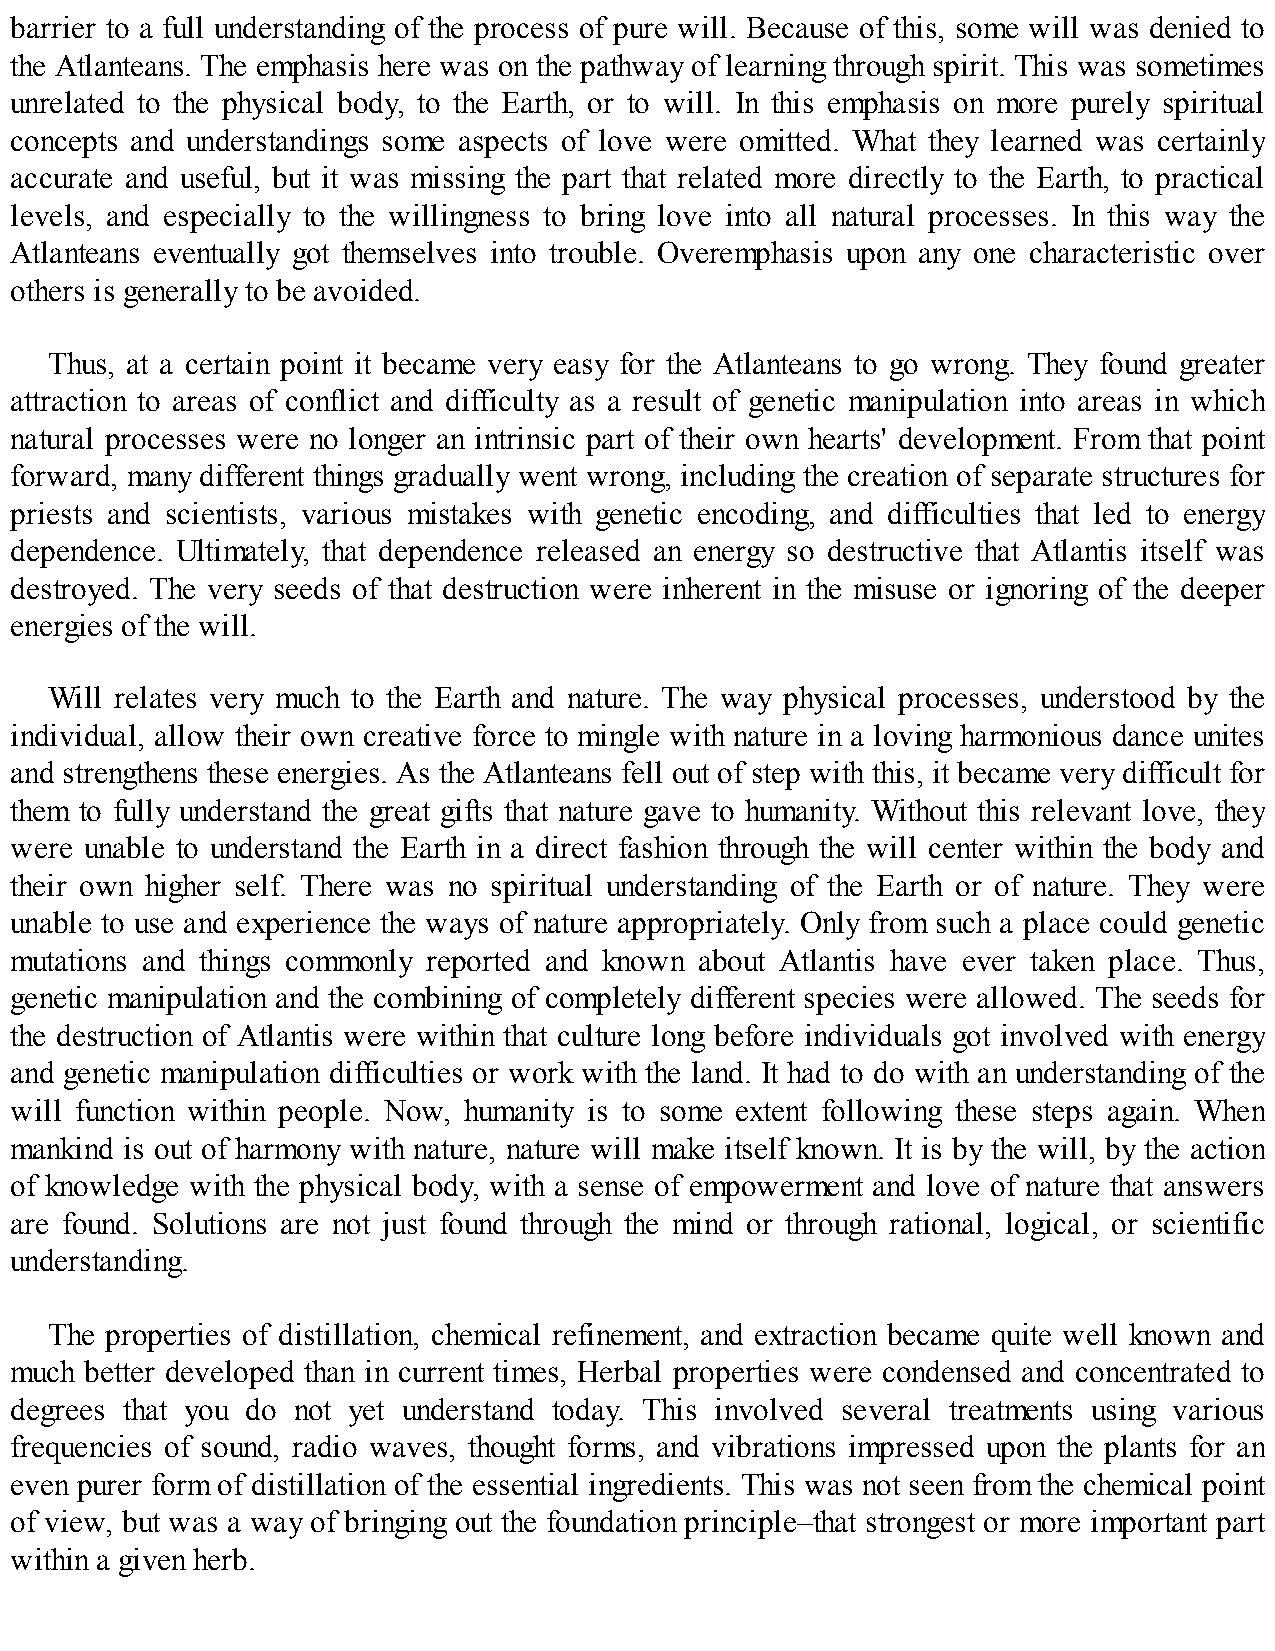
barrier to a full understanding of the process of pure will. Because of this, some will was denied to
 the Atlanteans. The emphasis here was on the pathway of learning through spirit. This was sometimes
 unrelated to the physical body, to the Earth, or to will. In this emphasis on more purely spiritual
 concepts and understandings some aspects of love were omitted. What they learned was certainly
 accurate and useful, but it was missing the part that related more directly to the Earth, to practical
 levels, and especially to the willingness to bring love into all natural processes. In this way the
 Atlanteans eventually got themselves into trouble. Overemphasis upon any one characteristic over
 others is generally to be avoided.
 Thus, at a certain point it became very easy for the Atlanteans to go wrong. They found greater
 attraction to areas of conflict and difficulty as a result of genetic manipulation into areas in which
 natural processes were no longer an intrinsic part of their own hearts' development. From that point
 forward, many different things gradually went wrong, including the creation of separate structures for
 priests and scientists, various mistakes with genetic encoding, and difficulties that led to energy
 dependence. Ultimately, that dependence released an energy so destructive that Atlantis itself was
 destroyed. The very seeds of that destruction were inherent in the misuse or ignoring of the deeper
 energies of the will.
 Will relates very much to the Earth and nature. The way physical processes, understood by the
 individual, allow their own creative force to mingle with nature in a loving harmonious dance unites
 and strengthens these energies. As the Atlanteans fell out of step with this, it became very difficult for
 them to fully understand the great gifts that nature gave to humanity. Without this relevant love, they
 were unable to understand the Earth in a direct fashion through the will center within the body and
 their own higher self. There was no spiritual understanding of the Earth or of nature. They were
 unable to use and experience the ways of nature appropriately. Only from such a place could genetic
 mutations and things commonly reported and known about Atlantis have ever taken place. Thus,
 genetic manipulation and the combining of completely different species were allowed. The seeds for
 the destruction of Atlantis were within that culture long before individuals got involved with energy
 and genetic manipulation difficulties or work with the land. It had to do with an understanding of the
 will function within people. Now, humanity is to some extent following these steps again. When
 mankind is out of harmony with nature, nature will make itself known. It is by the will, by the action
 of knowledge with the physical body, with a sense of empowerment and love of nature that answers
 are found. Solutions are not just found through the mind or through rational, logical, or scientific
 understanding.
 The properties of distillation, chemical refinement, and extraction became quite well known and
 much better developed than in current times, Herbal properties were condensed and concentrated to
 degrees that you do not yet understand today. This involved several treatments using various
 frequencies of sound, radio waves, thought forms, and vibrations impressed upon the plants for an
 even purer form of distillation of the essential ingredients. This was not seen from the chemical point
 of view, but was a way of bringing out the foundation principle–that strongest or more important part
 within a given herb.